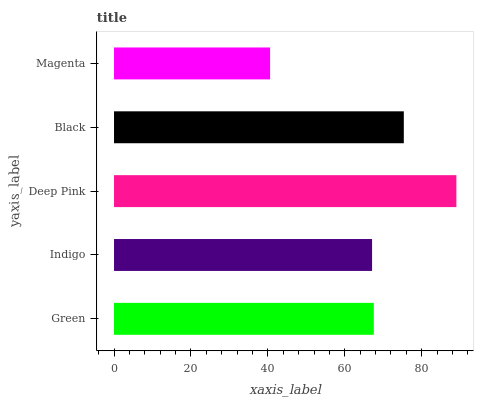
| yaxis_label | bars |
 | --- | --- |
 | Green | 67.5 |
 | Indigo | 67.1 |
 | Deep Pink | 89 |
 | Black | 75.3 |
 | Magenta | 40.6 |